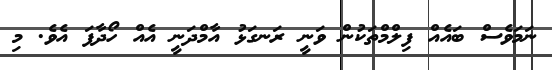
ނަމަވެސް ބައެއް ފިލްމްތަކުން ވަނީ ރަނގަޅު އާމްދަނީ އެއް ހޯދާފަ އެވެ. މި